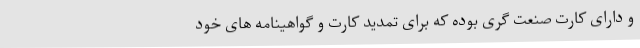
و دارای کارت صنعت گری بوده که برای تمدید کارت و گواهینامه های خود